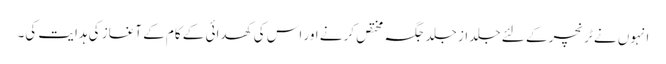
انہوں نے ٹرنچر کے لئے جلد از جلد جگہ مختص کرنے اور اس کی کھدائی کے کام کے آغاز کی ہدایت کی۔